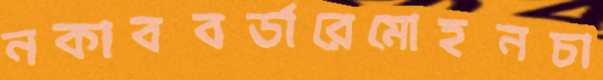
নকাববর্ডারেমোহনচা